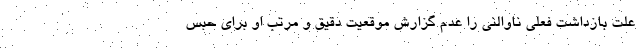
علت بازداشت فعلی ناوالنی را عدم گزارش موقعیت دقیق و مرتب او برای حبس